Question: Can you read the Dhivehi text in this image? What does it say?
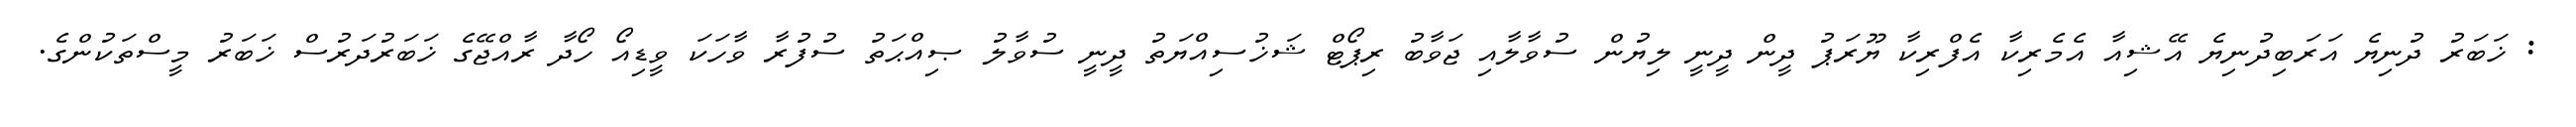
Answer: : ޚަބަރު ދުނިޔެ އަރަބިދުނިޔެ އޭޝިއާ އެމެރިކާ އެފްރިކާ ޔޫރަޕު ދީން ދީނީ ލިޔުން ސުވާލާއި ޖަވާބު ރިޕޯޓް ޝަޚުސިއްޔަތު ދީނީ ސުވާލު ޞިއްޙަތު ސުފުރާ ވާހަކަ ވީޑިއޯ ހޯދާ ރާއްޖޭގެ ޚަބަރުދަރުސް ޚަބަރު މީސްތަކުންގެ.